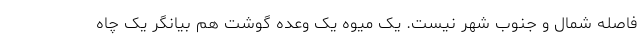
فاصله شمال و جنوب شهر نیست. یک میوه یک وعده گوشت هم بیانگر یک چاه